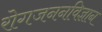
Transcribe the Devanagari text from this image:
रोगजननविज्ञान